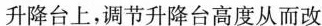
升降台上，调节升降台高度从而改